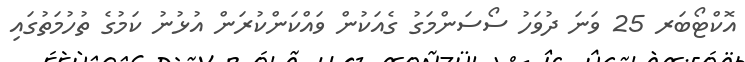
އޮކްޓޯބަރ 25 ވަނަ ދުވަހު ސޯސަންމަގު ގެއަކުން ވައްކަންކުރަން އުޅުނު ކަމުގެ ތުހުމަތުގައި